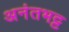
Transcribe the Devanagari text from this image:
अनंतभट्ट